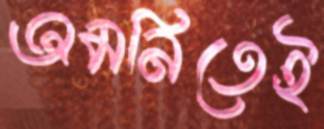
অমনিতেই